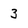
Character: 3